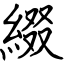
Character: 綴